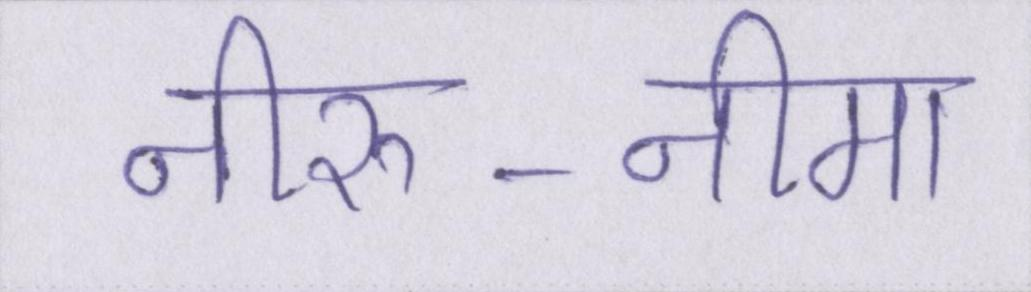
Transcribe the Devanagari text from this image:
नीरु-नीमा